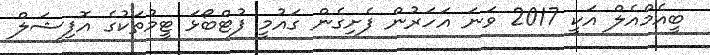
ބީއެމްއެލް އަކީ 2017 ވަނަ އަހަރުން ފެށިގެން ގައުމީ ފުޓްބޯޅަ ޓީމުތަކުގެ އޮފިޝަލް